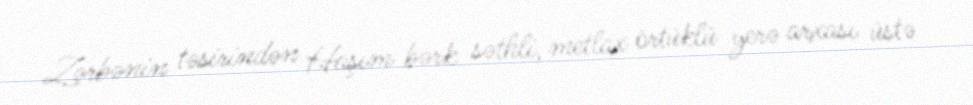
Zərbənin təsirindən Haşım bərk səthli, metlax örtüklü yerə arxası üstə